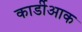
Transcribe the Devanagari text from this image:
कार्डीआक